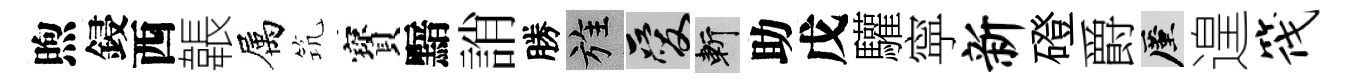
煦鋟西韔属𥬑寳黯誚勝旌爱斬助戊驩寜新磴爵厪遑筏